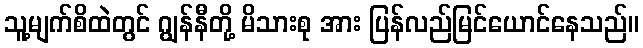
သူ့မျက်စိထဲတွင် ဂျွန်နီတို့ မိသားစု အား ပြန်လည်မြင်ယောင်နေသည်။